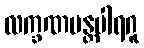
လက္ခဏမန္တပါရဂူ